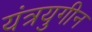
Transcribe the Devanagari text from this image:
यंत्रयुगीन